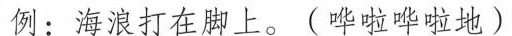
例：海浪打在脚上。(哗啦哗啦地)